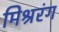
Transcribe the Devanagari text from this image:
मिश्ररंग